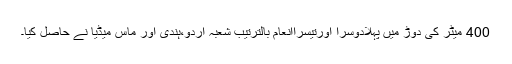
400 میٹر کی دوڑ میں پہلادوسرا اورتیسراانعام بالترتیب شعبہ اردو،ہندی اور ماس میڈیا نے حاصل کیا۔